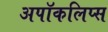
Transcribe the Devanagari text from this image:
अपॉकलिप्स